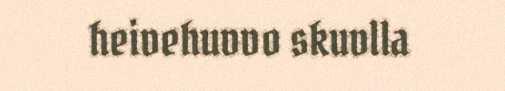
heivehuvvo skuvlla